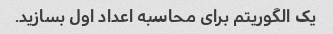
یک الگوریتم برای محاسبه اعداد اول بسازید.